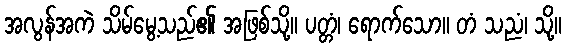
အလွန်အကဲ သိမ်မွေ့သည်၏ အဖြစ်သို့။ ပတ္တံ၊ ရောက်သော။ တံ သညံ၊ သို့။